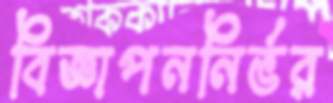
বিজ্ঞাপননির্ভর